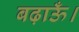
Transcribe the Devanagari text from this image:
बढ़ाऊँ।